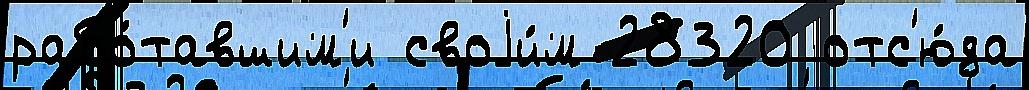
рабо́тавшим'и своjи́м 28320 отс'ю́да